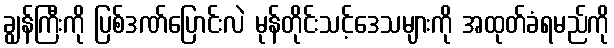
ချွန်ကြီးကို ပြစ်ဒဏ်ပြောင်းလဲ မုန်တိုင်းသင့်ဒေသများကို အထုတ်ခံရမည်ကို